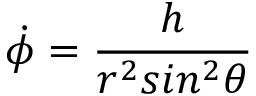
\dot { \phi } = \frac { h } { r ^ { 2 } s i n ^ { 2 } \theta }